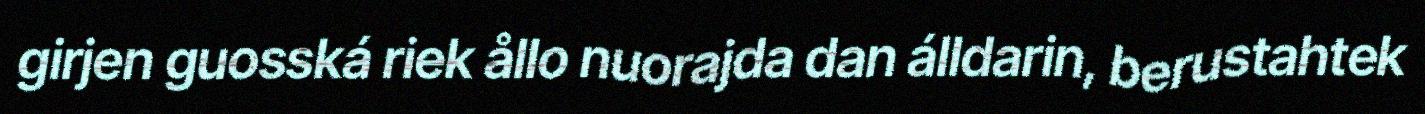
girjen guosská riek ållo nuorajda dan álldarin, berustahtek